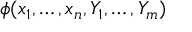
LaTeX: \phi ( x _ { 1 } , \ldots , x _ { n } , Y _ { 1 } , \ldots , Y _ { m } )